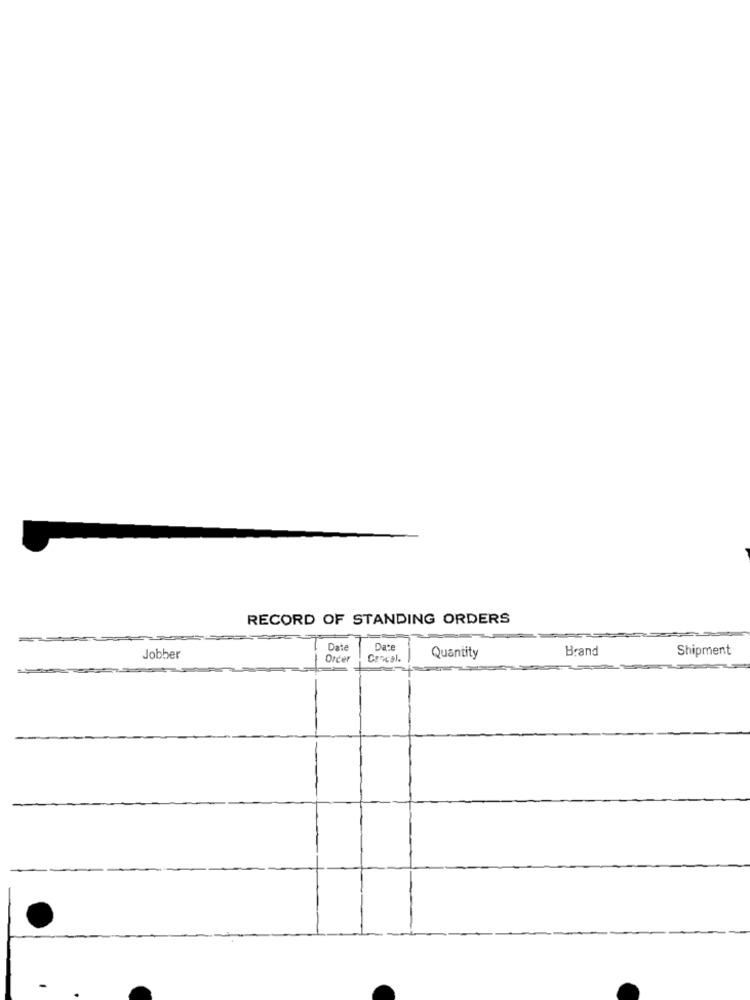
RECORD OF STANDING ORDERS
Date
Date
Brand
Shipment
Jobber
Order
Concal.
Quantity